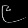
Digit: ၉